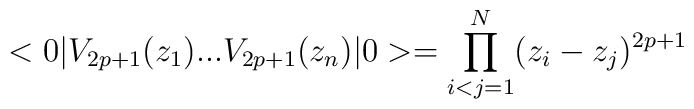
<0|V_{2p+1}(z_{1})...V_{2p+1}(z_{n})|0>=\prod_{i<j=1}^{N}(z_{i}-z_{j})^{2p+1}